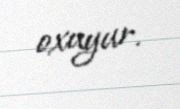
oxuyur.